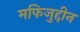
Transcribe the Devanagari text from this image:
मफिजुद्दीन